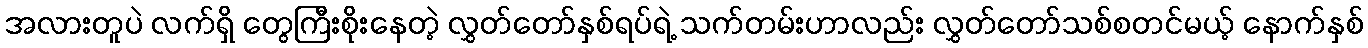
အလားတူပဲ လက်ရှိ တွေကြီးစိုးနေတဲ့ လွှတ်တော်နှစ်ရပ်ရဲ့ သက်တမ်းဟာလည်း လွှတ်တော်သစ်စတင်မယ့် နောက်နှစ်